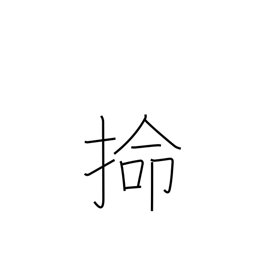
Meaning: alluvial terraced land